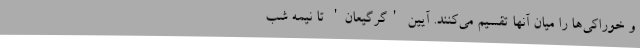
و خوراکی‌ها را میان آنها تقسیم می‌کنند. آیین 'گرگیعان' تا نیمه شب